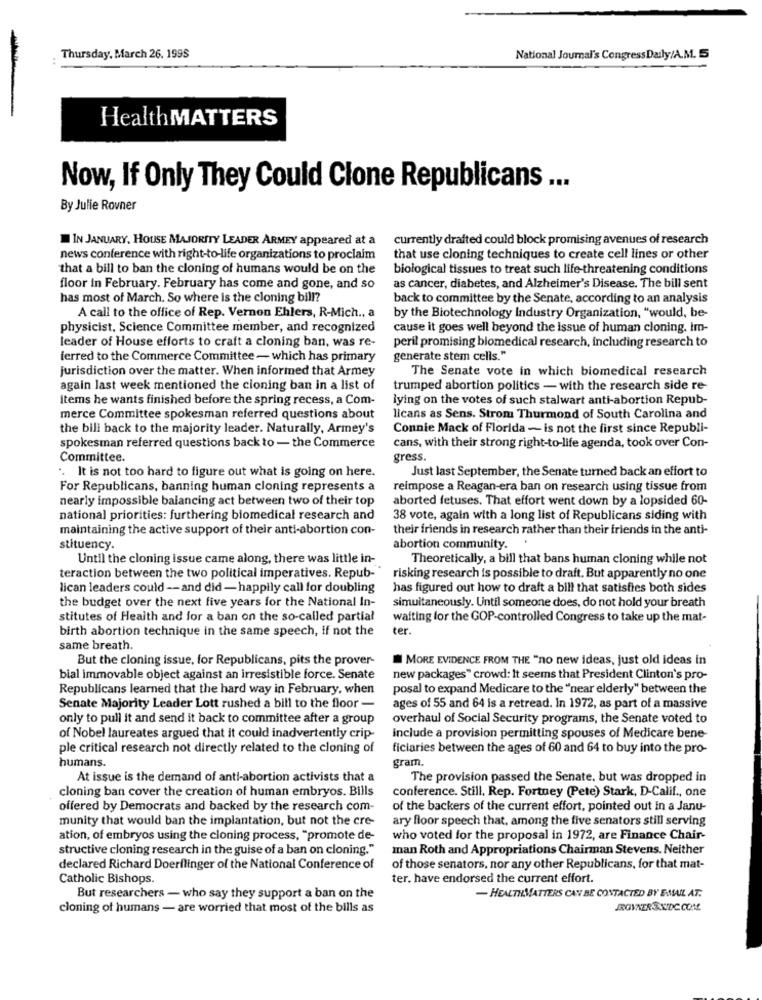
Thursday, March 26. 1998
National Journal's CongressDaily/A.M. 5
HealthMATTERS
Now, If Only They Could Clone Republicans ...
By Julie Rovner
IN JANUARY, HOUSE MAJORITY LEADER ARMEY appeared at a
currently drafted could block promising avenues of research
news conference with right-to-life organizations to proclaim
that use cloning techniques to create cell lines or other
that a bill to ban the cloning of humans would be on the
biological tissues to treat such life-threatening conditions
floor In February. February has come and gone, and so
as cancer, diabetes, and Alzheimer's Disease. The bill sent
has most of March. So where is the cloning bill?
back to committee by the Senate, according to an analysis
A call to the office of Rep. Vernon Ehlers, R-Mich ., a
by the Biotechnology Industry Organization, "would, be-
physicist, Science Committee member, and recognized
cause it goes well beyond the issue of human cloning, Im-
leader of House efforts to craft a cloning ban, was re-
peril promising biomedical research, including research to
ferred to the Commerce Committee - which has primary
generate stem cells."
jurisdiction over the matter. When informed that Armey
The Senate vote in which biomedical research
again last week mentioned the cioning ban in a list of
trumped abortion politics - with the research side re-
items he wants finished before the spring recess, a Com-
lying on the votes of such stalwart anti-abortion Repub-
merce Committee spokesman referred questions about
licans as Sens. Strom Thurmond of South Carolina and
the bill back to the majority leader. Naturally, Armey's
Connie Mack of Florida - is not the first since Republi-
spokesman referred questions back to - the Commerce
cans, with their strong right-to-life agenda, took over Con-
Committee.
gress.
Just last September, the Senate turned back an effort to
". It is not too hard to figure out what is going on here.
For Republicans, banning human cloning represents a
reimpose a Reagan-era ban on research using tissue from
nearly impossible balancing act between two of their top
aborted fetuses. That effort went down by a lopsided 60-
national priorities: furthering biomedical research and
38 vote, again with a long list of Republicans siding with
maintaining the active support of their anti-abortion con-
their friends in research rather than their friends in the anti-
stituency.
abortion community.
Until the cloning issue came along, there was little in-
Theoretically, a bill that bans human cloning while not
teraction between the two political imperatives. Repub-"
risking research is possible to draft. But apparently no one
lican leaders could -- and did - happily call for doubling
has figured out how to draft a bill that satisfies both sides
the budget over the next five years for the National In-
simultaneously. Until someone does, do not hold your breath
stitutes of Health and for a ban on the so-called partial
waiting for the GOP-controlled Congress to take up the mat-
birth abortion technique in the same speech, if not the
ter.
same breath.
But the cloning issue, for Republicans, pits the prover-
MORE EVIDENCE FROM THE "no new ideas, just old ideas in
bial immovable object against an irresistible force. Senate
new packages" crowd: It seems that President Clinton's pro-
Republicans learned that the hard way in February, when
posal to expand Medicare to the "near elderly" between the
Senate Majority Leader Lott rushed a bill to the floor -
ages of 55 and 64 is a retread. In 1972, as part of a massive
only to pull it and send it back to committee after a group
overhaul of Social Security programs, the Senate voted to
of Nobel laureates argued that it could inadvertently crip-
include a provision permitting spouses of Medicare bene-
ple critical research not directly related to the cloning of
ficiaries between the ages of 60 and 64 to buy into the pro-
humans.
gram.
At issue is the demand of anti-abortion activists that a
The provision passed the Senate, but was dropped in
cloning ban cover the creation of human embryos. Bills
conference. Still. Rep. Fortney (Pete) Stark, D-Calif ., one
offered by Democrats and backed by the research com-
of the backers of the current effort, pointed out in a Janu-
munity that would ban the implantation, but not the cre-
ary floor speech that, among the five senators still serving
ation, of embryos using the cloning process, "promote de-
who voted for the proposal in 1972, are Finance Chair-
structive cloning research in the guise of a ban on cloning."
man Roth and Appropriations Chairman Stevens. Neither
declared Richard Doerflinger of the National Conference of
of those senators, nor any other Republicans, for that mat-
Catholic Bishops.
ter. have endorsed the current effort.
But researchers - who say they support a ban on the
- HEALTHMATTERS CAN BE CONTACTED BY E-MAIL AT.
cloning of humans - are worried that most of the bills as
ROVNERS.XIDC. COM.